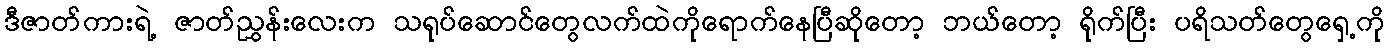
ဒီဇာတ်ကားရဲ့ ဇာတ်ညွှန်းလေးက သရုပ်ဆောင်တွေလက်ထဲကိုရောက်နေပြီဆိုတော့ ဘယ်တော့ ရိုက်ပြီး ပရိသတ်တွေရှေ့ကို